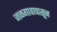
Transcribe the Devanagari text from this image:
जळगावापासून